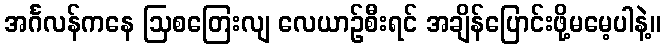
အင်္ဂလန်ကနေ ဩစတြေးလျ လေယာဉ်စီးရင် အချိန်ပြောင်းဖို့မမေ့ပါနဲ့။